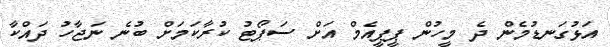
އަޅުގަނޑުމެން ދެ މީހުން ޕީޕީއެމް އަށް ސަޕޯޓު ކުރާކަމަށް ބުނެ ނަޖާހު ދައްކާ